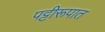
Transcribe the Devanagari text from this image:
पट्टीरूपात